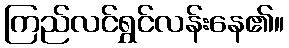
ကြည်လင်ရွှင်လန်းနေ၏။